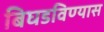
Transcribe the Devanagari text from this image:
बिघडविण्यास